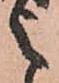
之